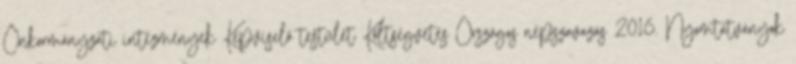
Önkormányzati intézmények Képviselő testület Költségvetés Országos népszavazás 2016. Nyomtatványok